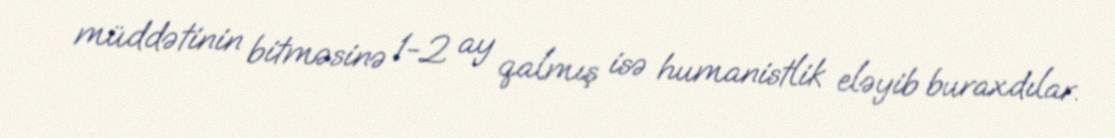
müddətinin bitməsinə 1-2 ay qalmış isə humanistlik eləyib buraxdılar.